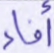
أفاء